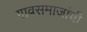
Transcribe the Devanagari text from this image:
गावसमाजांची